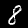
Label: 8